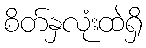
စိတ်နှလုံးထဲရှိ